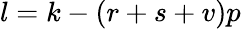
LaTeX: l=k-(r+s+v)p